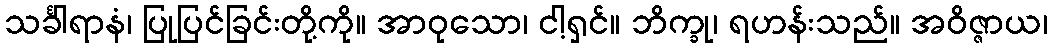
သင်္ခါရာနံ၊ ပြုပြင်ခြင်းတို့ကို။ အာဝုသော၊ ငါ့ရှင်။ ဘိက္ခု၊ ရဟန်းသည်။ အဝိဇ္ဇာယ၊